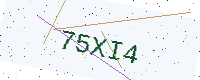
Text: 75XI4